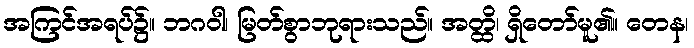
အကြင်အရပ်၌။ ဘဂဝါ၊ မြတ်စွာဘုရားသည်။ အတ္ထိ၊ ရှိတော်မူ၏။ တေန၊